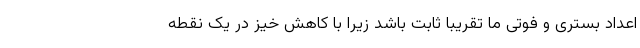
اعداد بستری و فوتی ما تقریبا ثابت باشد زیرا با کاهش خیز در یک نقطه